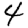
Digit: 4